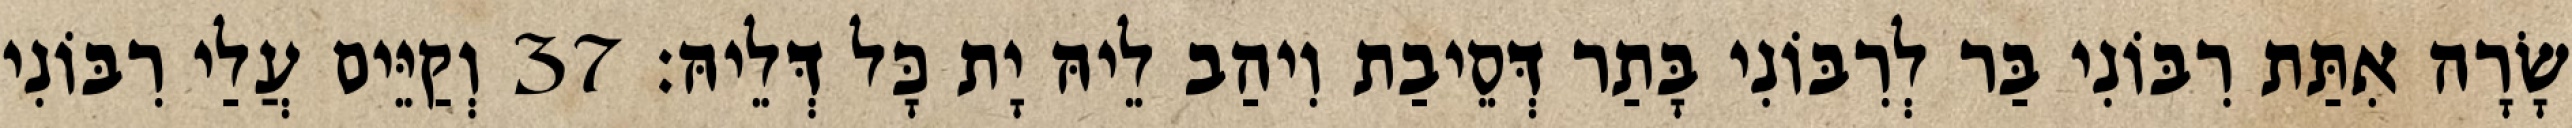
שָׂרָה אִתַּת רִבּוֹנִי בַּר לְרִבּוֹנִי בָּתַר דְּסֵיבַת וִיהַב לֵיהּ יָת כָּל דְּלֵיהּ׃ 37 וְקַיֵּים עֲלַי רִבּוֹנִי